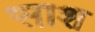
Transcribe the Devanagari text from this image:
साश